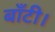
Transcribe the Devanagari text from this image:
बाँटी।